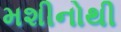
મશીનોથી